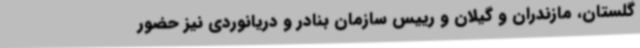
گلستان، مازندران و گیلان و رییس سازمان بنادر و دریانوردی نیز حضور